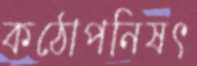
কঠোপনিষৎ